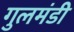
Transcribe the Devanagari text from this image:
गुलमंडी